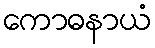
ကောဓနာယံ